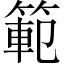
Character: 範